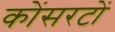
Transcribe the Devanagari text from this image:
कोंसरटों